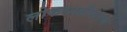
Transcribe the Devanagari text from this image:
लोकशाहीकरण